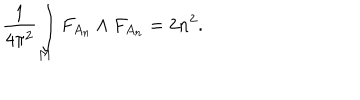
{ \frac { 1 } { 4 \pi ^ { 2 } } } \int _ { M } F _ { A _ { n } } \wedge F _ { A _ { n } } = 2 n ^ { 2 } .